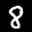
Label: 8